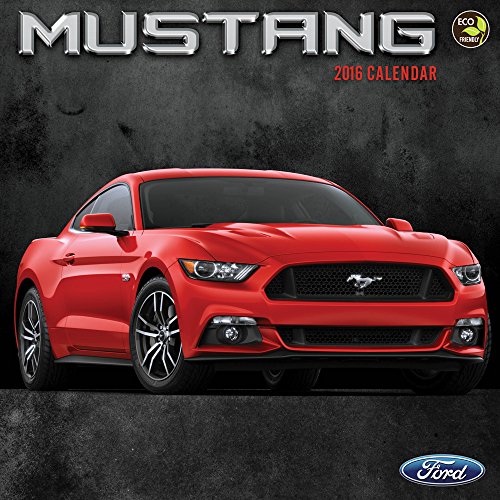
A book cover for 2016 Mustang Wall Calendar; Ford; Calendars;